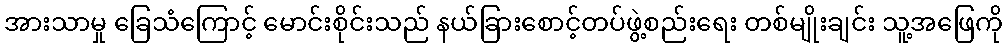
အားသာမှု ခြေသံကြောင့် မောင်းစိုင်းသည် နယ်ခြားစောင့်တပ်ဖွဲ့စည်းရေး တစ်မျိုးချင်း သူ့အဖြေကို